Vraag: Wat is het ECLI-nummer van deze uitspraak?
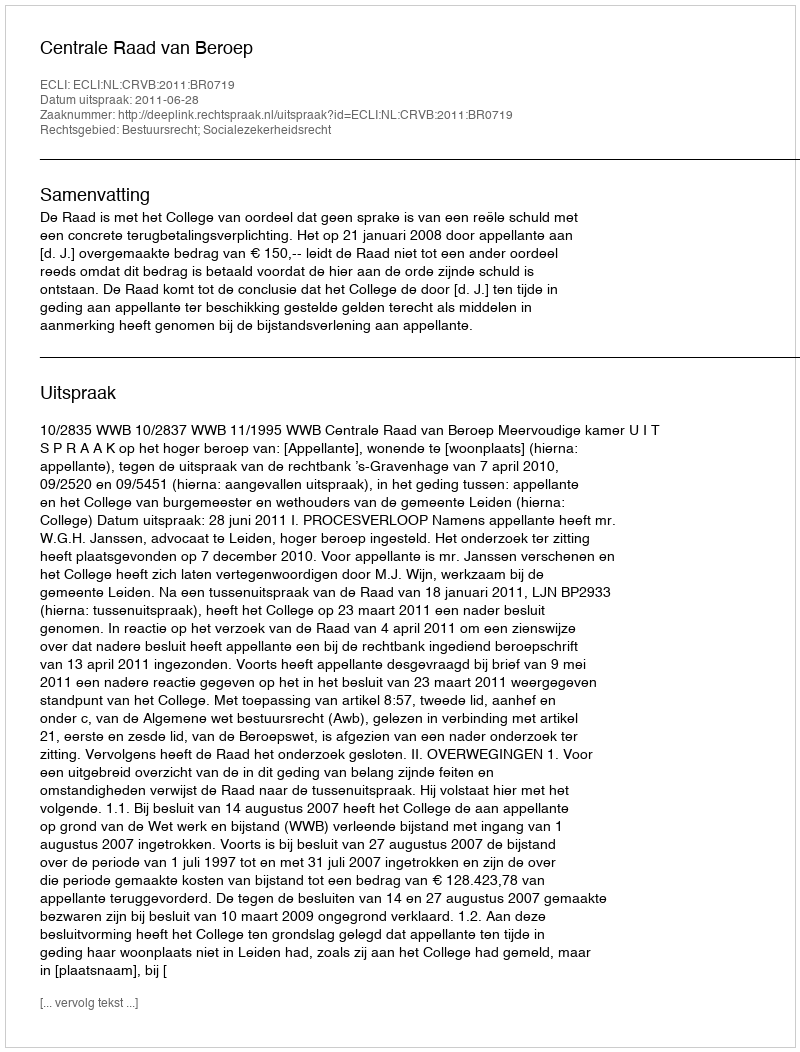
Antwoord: ECLI:NL:CRVB:2011:BR0719